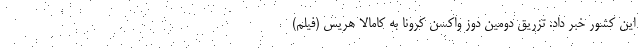
این کشور خبر داد. تزریق دومین دوز واکسن کرونا به کامالا هریس (فیلم)